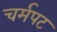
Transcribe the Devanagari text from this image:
चर्मपट